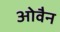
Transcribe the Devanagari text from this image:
ओवैन